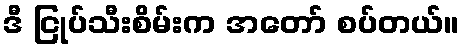
ဒီ ငြုပ်သီးစိမ်းက အတော် စပ်တယ်။